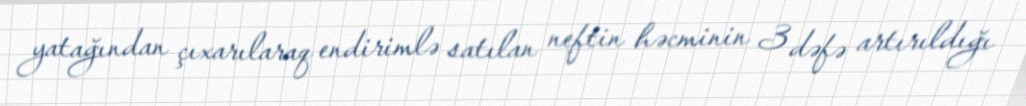
yatağından çıxarılaraq endirimlə satılan neftin həcminin 3 dəfə artırıldığı